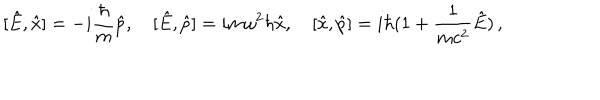
LaTeX: [ \hat { E } , \hat { x } ] = - i \frac { \hbar } { m } \hat { p } , \, \, \, \, \, \, [ \hat { E } , \hat { p } ] = i m \omega ^ { 2 } \hbar \hat { x } , \, \, \, \, \, \, [ \hat { x } , \hat { p } ] = i \hbar ( 1 + \frac { 1 } { m c ^ { 2 } } \hat { E } ) \, ,